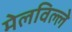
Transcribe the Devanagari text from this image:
मेलविल्ले